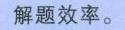
解题效率。